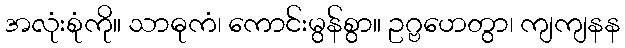
အလုံးစုံကို။ သာဓုကံ၊ ကောင်းမွန်စွာ။ ဥဂ္ဗဟေတွာ၊ ကျကျနန